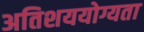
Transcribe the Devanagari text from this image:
अतिशययोग्यता